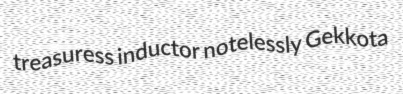
treasuress inductor notelessly Gekkota